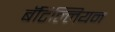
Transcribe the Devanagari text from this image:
बॅटिल्लियन